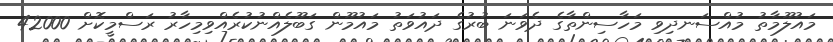
މައުލޫމާތު މުއްސަނދިވި މަހާސިންތާގެ ދެވަނަ ބުރުގެ ދައުވަތު މައުމޫން ގަބޫލެއްނުކުރެއްވިމިހާރު ރަސްމީކޮށް 42000